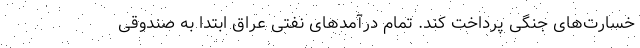
خسارت‌های جنگی پرداخت کند. تمام درآمدهای نفتی عراق ابتدا به صندوقی